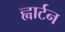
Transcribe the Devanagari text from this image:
ह्वार्टन